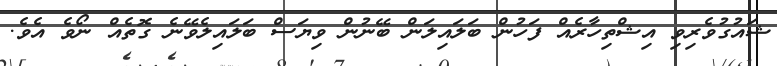
ޝައުގުވެރިވި އިޝްތިހާރެއް ފަހުން ބަލައިލަން ބޭނުން ވިޔަސް ބަލައިލެވޭނެ ގޮތެއް ނޯވެ އެވެ.